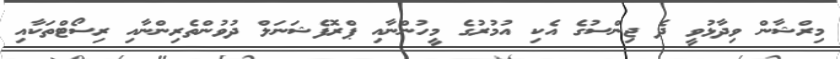
މިރްޝާން ވިދާޅުވީ ދެ ޖިންސުގެ އެކި އުމުރުގެ މީހުންނާއި ޕްރޮފެޝަނަލް ދުވުންތެރިންނާއި ރިސޯޓްތަކާއި